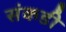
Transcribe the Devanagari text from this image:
संकडी